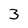
Character: 3